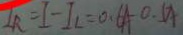
I _ { R } = I - I _ { L } = 0 . 6 A - 0 . 5 A